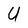
Character: U